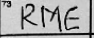
Transcription: RME